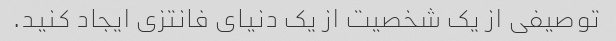
توصیفی از یک شخصیت از یک دنیای فانتزی ایجاد کنید.